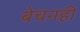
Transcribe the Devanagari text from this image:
बेचनही